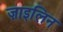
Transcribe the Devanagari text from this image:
ज़ाइलिन